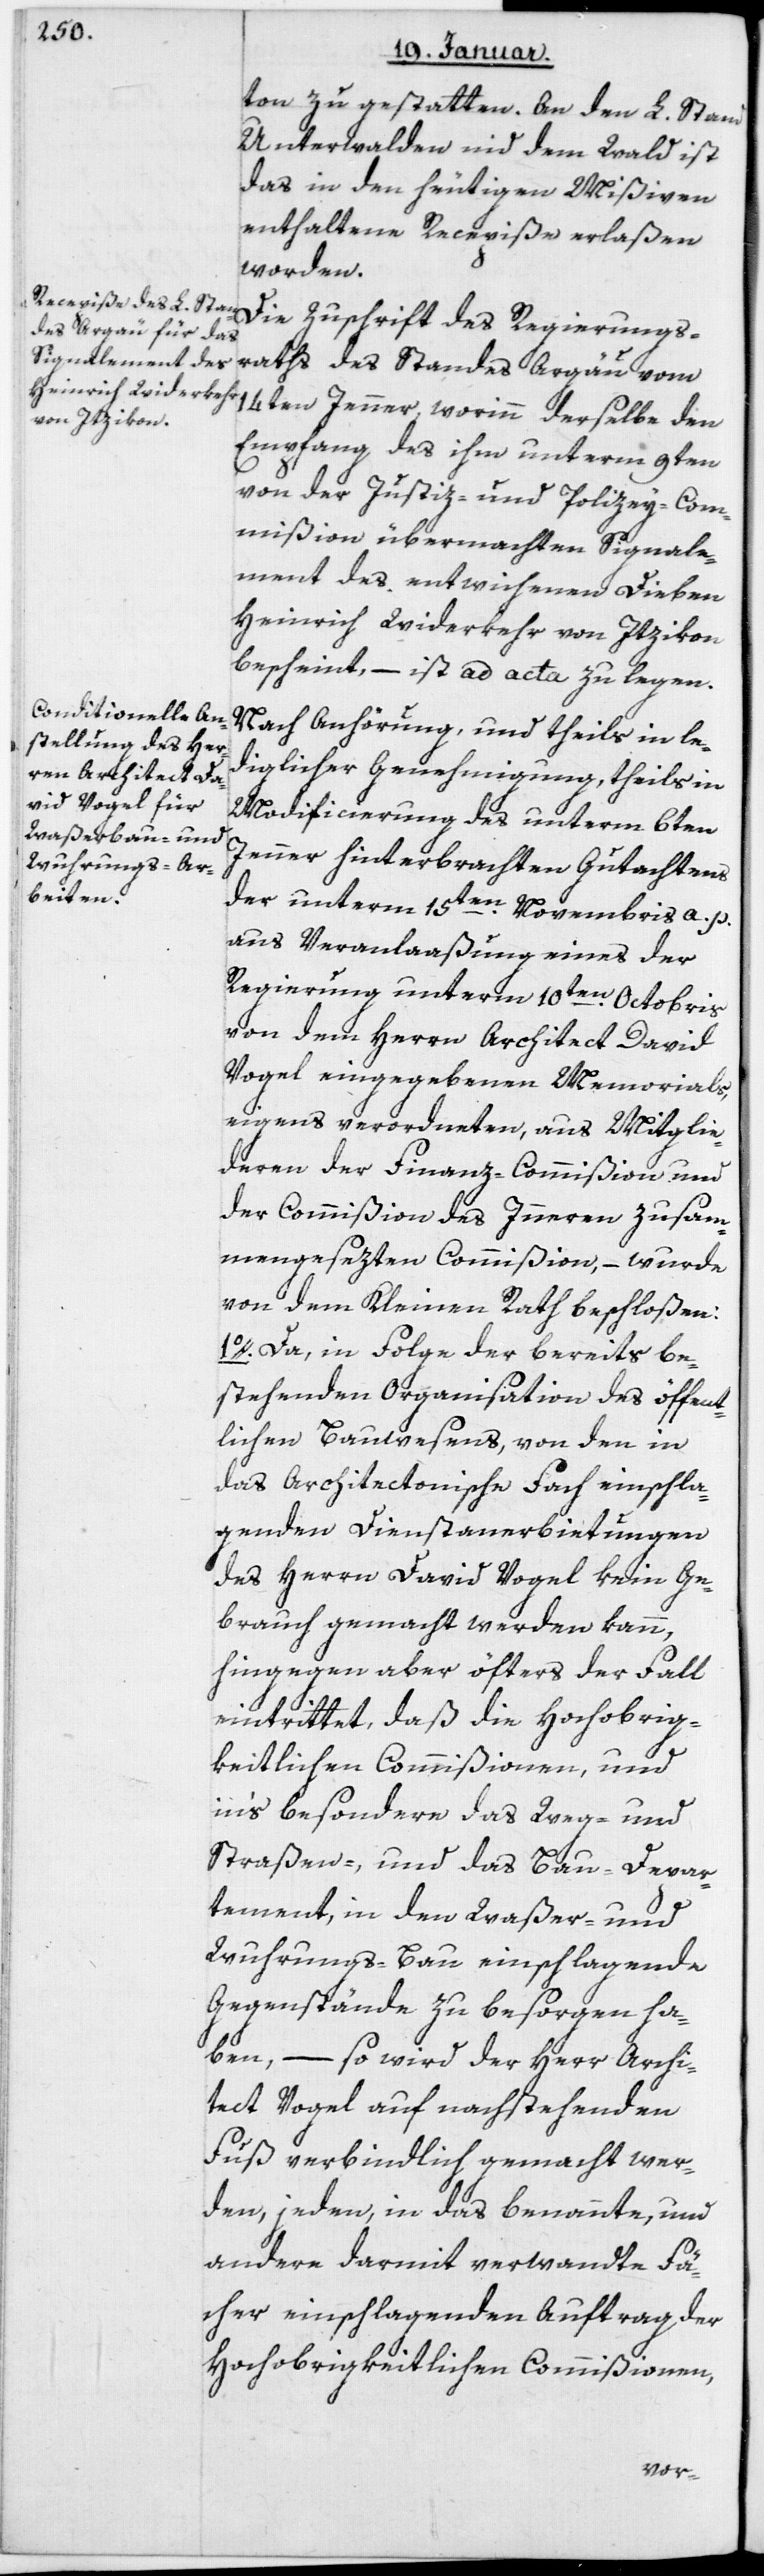
ton zu gestatten. An den L. Stand
Unterwalden nid dem Wald ist
das in den heutigen Mißiven
enthaltene Recepiße erlaßen
worden.
14ten Jenner, worinn derselbe den
Empfang des ihm unterm 9ten
von der Justiz- und Polizey-Com¬
mißion übermachten Signale¬
ment des entwichenen Dieben
Heinrich Widerkehr von Itzikon
bescheint, – ist ad acta zu legen.
Nach Anhörung und theils in le¬
diglicher Genehmigung, theils in
Modificierung des unterm 6ten
Jenner hinterbrachten Gutachtens
der unterm 15ten Novembris a. p.
aus Veranlaßung eines der
Regierung unterm 10ten Octobris
von dem Herrn Architect David
Vogel eingegebenen Memorials,
eigens verordneten, aus Mitglie¬
deren der Finanz-Commißion und
der Commißion des Innern zusam¬
mengesezten Commißion, – wurde
von dem Kleinen Rath beschloßen:
1. Da, in Folge der bereits be¬
stehenden Organisation des öffent¬
lichen Bauwesens, von den in
das architectonische Fach einschla¬
genden Dienst-Anerbietungen
des Herrn David Vogel kein Ge¬
brauch gemacht werden kann,
hingegen aber öfters der Fall
eintrittet, daß die Hochobrig¬
keitlichen Commißionen, und
ins besondere das Weg- und
Straßen-, und das Bau-Depar¬
tement, in den Waßer- und
Wuhrungs-Bau einschlagende
Gegenstände zu besorgen ha¬
ben, – so wird der Herr Archi¬
tect Vogel auf nachstehenden
Fuß verbindlich gemacht wer¬
den, jeden, in das benannte, und
andere darmit verwandte Fä¬
cher einschlagenden Auftrag der
Hochobrigkeitlichen Commißionen,